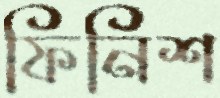
ফিনিশ